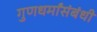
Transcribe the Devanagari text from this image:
गुणधर्मांसंबंधी